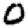
Digit: 0